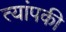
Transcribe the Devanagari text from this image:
त्यांपकी